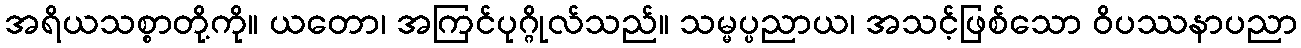
အရိယသစ္စာတို့ကို။ ယတော၊ အကြင်ပုဂ္ဂိုလ်သည်။ သမ္မပ္ပညာယ၊ အသင့်ဖြစ်သော ဝိပဿနာပညာ